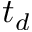
t _ { d }